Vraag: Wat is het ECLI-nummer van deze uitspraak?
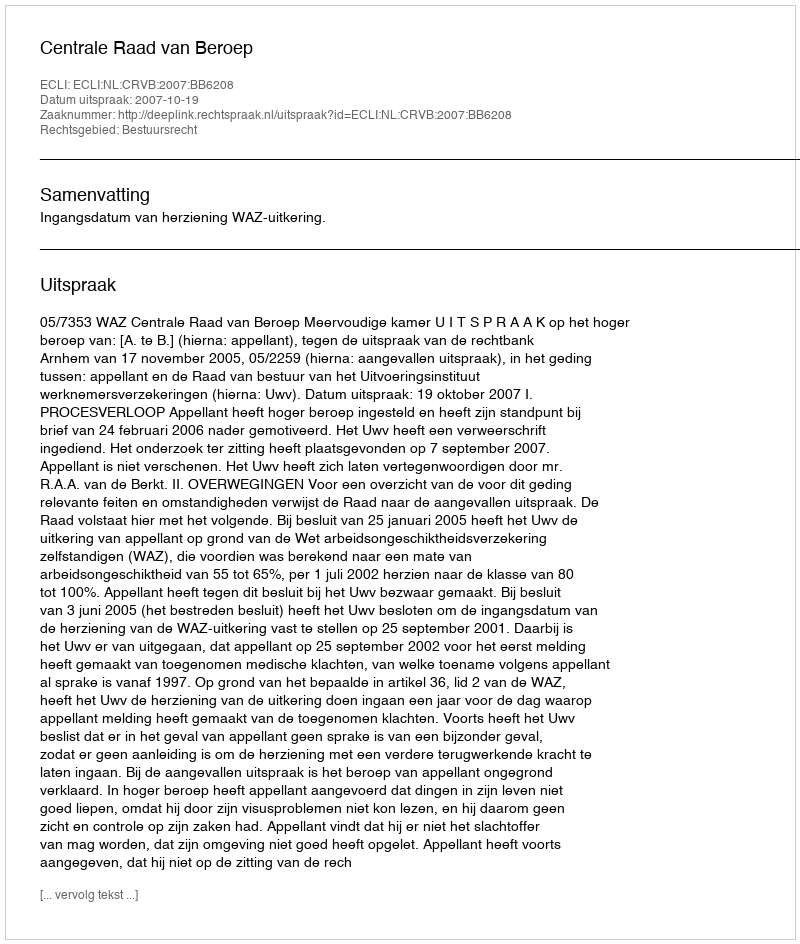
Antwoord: ECLI:NL:CRVB:2007:BB6208